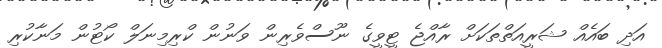
އަދި ބައެއް ޝަރީއަތްތަކަށް ރާއްޖެ ޓީވީގެ ނޫސްވެރިން ވަނުން ކްރިމިނަލް ކޯޓުން މަނާކުރި